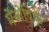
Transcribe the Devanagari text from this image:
मेन्शेविक्